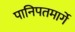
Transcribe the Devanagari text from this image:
पानिपतमार्गे